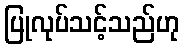
ပြုလုပ်သင့်သည်ဟု